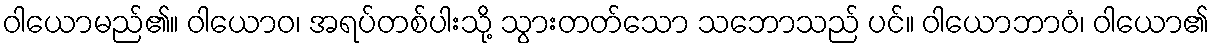
ဝါယောမည်၏။ ဝါယောဝ၊ အရပ်တစ်ပါးသို့ သွားတတ်သော သဘောသည် ပင်။ ဝါယောဘာဝံ၊ ဝါယော၏